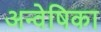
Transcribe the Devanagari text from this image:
अन्वेषिका